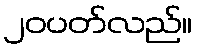
၂၀ပတ်လည်။